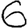
Digit: 6